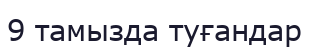
9 тамызда туғандар